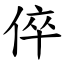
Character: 倅